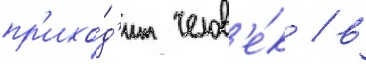
пр'ихо́д'ит челов'е́к / в